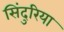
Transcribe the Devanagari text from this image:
सिंदुरिया